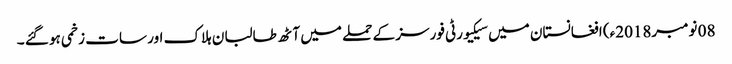
08 نومبر2018ء) افغانستان میں سیکیورٹی فورسز کے حملے میں آٹھ طالبان ہلاک اور سات زخمی ہو گئے ۔